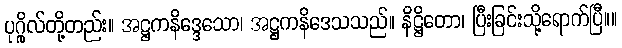
ပုဂ္ဂိုလ်တို့တည်း။ အဋ္ဌကနိဒ္ဒေသော၊ အဋ္ဌကနိဒေသသည်။ နိဋ္ဌိတော၊ ပြီးခြင်းသို့ရောက်ပြီ။။